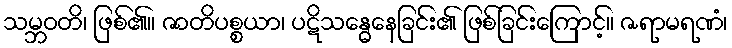
သမ္ဘဝတိ၊ ဖြစ်၏။ ဇာတိပစ္စယာ၊ ပဋိသန္ဓေနေခြင်း၏ ဖြစ်ခြင်းကြောင့်။ ဇရာမရဏံ၊